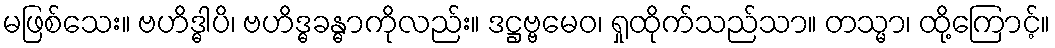
မဖြစ်သေး။ ဗဟိဒ္ဓါပိ၊ ဗဟိဒ္ဓခန္ဓာကိုလည်း။ ဒဋ္ဌဗ္ဗမေဝ၊ ရှုထိုက်သည်သာ။ တသ္မာ၊ ထို့ကြောင့်။